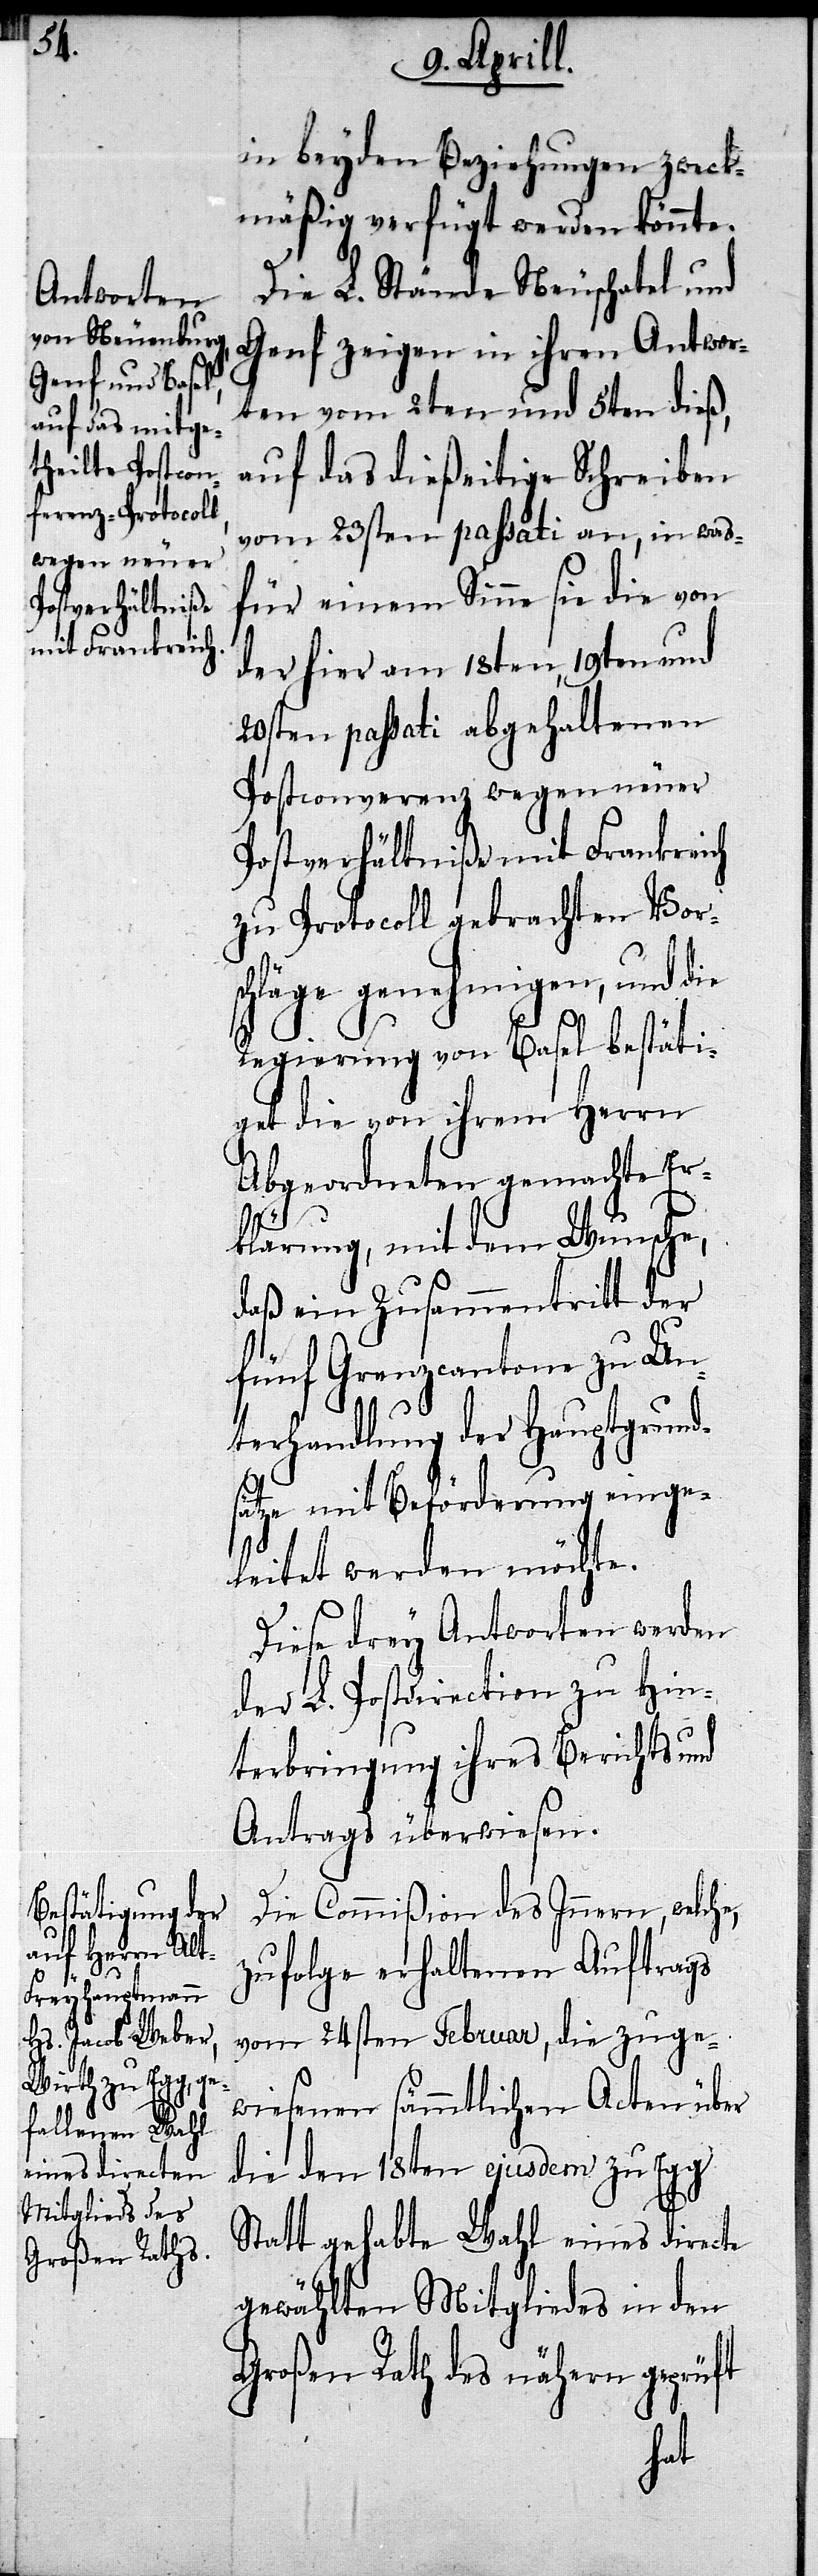
in beyden Beziehungen zweck¬
mäßig verfügt werden könnte.
Die L. Stände Neuschatel und
Genf zeigen in ihren Antwor¬
ten vom 2ten und 5ten dieß,
auf das dießeitige Schreiben
vom 23sten passati an, in was¬
für einem Sinne sie die von
der hier am 18ten, 19ten und
20sten passati abgehaltenen
Postconferenz wegen neuer
Postverhältniße mit Frankreich
zu Protocoll gebrachten Vor¬
schläge genehmigen, und die
Regierung von Basel bestäti¬
get die von ihrem Herrn
Abgeordneten gemachte Er¬
klärung, mit dem Wunsche,
daß ein Zusammentritt der
fünf Grenzcantone zu Un¬
terhandlung der Hauptgrund¬
sätze mit Beförderung einge¬
leitet werden möchte.
Diese drey Antworten werden
der L. Postdirection zu Hin¬
terbringung ihres Berichts und
Antrags überwiesen.
Die Commißion des Innern, welche,
zufolge erhaltenen Auftrags
vom 24sten Februar, die zuge¬
wiesenen sämmtlichen Acten über
die den 18ten ejusdem zu Egg
Statt gehabte Wahl eines directe
gewählten Mitgliedes in den
Großen Rath des nähern geprüft